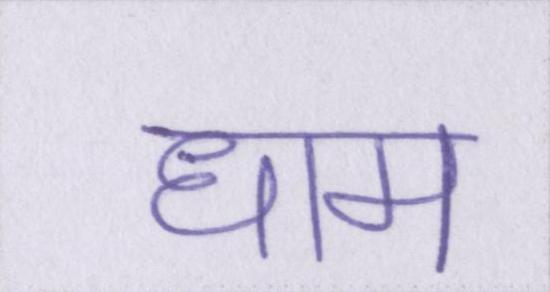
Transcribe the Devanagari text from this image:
धाम